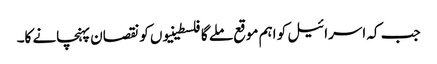
جب کہ اسرائیل کو اہم موقع ملے گا فلسطینیوں کو نقصان پہنچانے کا۔